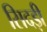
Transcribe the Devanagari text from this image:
सिदड़ी